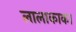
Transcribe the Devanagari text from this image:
लालाकाका